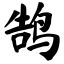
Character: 鹄